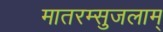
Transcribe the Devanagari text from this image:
मातरम्सुजलाम्